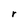
Character: r